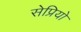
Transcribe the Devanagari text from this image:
सेप्रियो